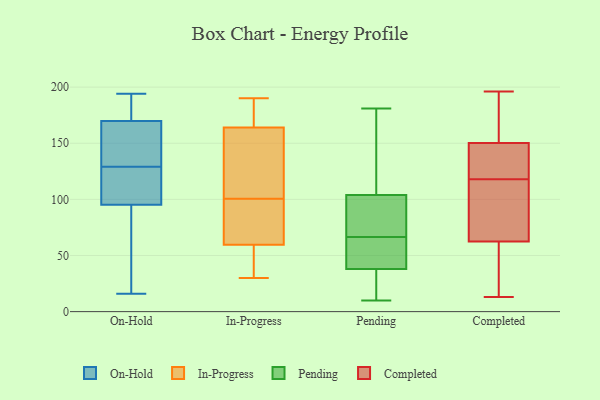
{"axis": {"x": "Conversion Rate (%)", "y": "Value"}, "legend": ["Completed", "In-Progress", "On-Hold", "Pending"], "data": [{"x": "", "y": 184, "type": "On-Hold"}, {"x": "", "y": 184, "type": "On-Hold"}, {"x": "", "y": 67, "type": "On-Hold"}, {"x": "", "y": 170, "type": "On-Hold"}, {"x": "", "y": 105, "type": "On-Hold"}, {"x": "", "y": 159, "type": "On-Hold"}, {"x": "", "y": 126, "type": "On-Hold"}, {"x": "", "y": 194, "type": "On-Hold"}, {"x": "", "y": 92, "type": "On-Hold"}, {"x": "", "y": 169, "type": "On-Hold"}, {"x": "", "y": 145, "type": "On-Hold"}, {"x": "", "y": 116, "type": "On-Hold"}, {"x": "", "y": 30, "type": "On-Hold"}, {"x": "", "y": 138, "type": "On-Hold"}, {"x": "", "y": 105, "type": "On-Hold"}, {"x": "", "y": 16, "type": "On-Hold"}, {"x": "", "y": 176, "type": "On-Hold"}, {"x": "", "y": 69, "type": "On-Hold"}, {"x": "", "y": 129, "type": "On-Hold"}, {"x": "", "y": 190, "type": "In-Progress"}, {"x": "", "y": 159, "type": "In-Progress"}, {"x": "", "y": 169, "type": "In-Progress"}, {"x": "", "y": 30, "type": "In-Progress"}, {"x": "", "y": 174, "type": "In-Progress"}, {"x": "", "y": 96, "type": "In-Progress"}, {"x": "", "y": 104, "type": "In-Progress"}, {"x": "", "y": 97, "type": "In-Progress"}, {"x": "", "y": 55, "type": "In-Progress"}, {"x": "", "y": 133, "type": "In-Progress"}, {"x": "", "y": 64, "type": "In-Progress"}, {"x": "", "y": 37, "type": "In-Progress"}, {"x": "", "y": 137, "type": "Pending"}, {"x": "", "y": 156, "type": "Pending"}, {"x": "", "y": 98, "type": "Pending"}, {"x": "", "y": 72, "type": "Pending"}, {"x": "", "y": 34, "type": "Pending"}, {"x": "", "y": 16, "type": "Pending"}, {"x": "", "y": 58, "type": "Pending"}, {"x": "", "y": 88, "type": "Pending"}, {"x": "", "y": 104, "type": "Pending"}, {"x": "", "y": 51, "type": "Pending"}, {"x": "", "y": 173, "type": "Pending"}, {"x": "", "y": 181, "type": "Pending"}, {"x": "", "y": 74, "type": "Pending"}, {"x": "", "y": 38, "type": "Pending"}, {"x": "", "y": 19, "type": "Pending"}, {"x": "", "y": 41, "type": "Pending"}, {"x": "", "y": 10, "type": "Pending"}, {"x": "", "y": 61, "type": "Pending"}, {"x": "", "y": 61, "type": "Completed"}, {"x": "", "y": 135, "type": "Completed"}, {"x": "", "y": 92, "type": "Completed"}, {"x": "", "y": 118, "type": "Completed"}, {"x": "", "y": 86, "type": "Completed"}, {"x": "", "y": 186, "type": "Completed"}, {"x": "", "y": 47, "type": "Completed"}, {"x": "", "y": 63, "type": "Completed"}, {"x": "", "y": 133, "type": "Completed"}, {"x": "", "y": 13, "type": "Completed"}, {"x": "", "y": 150, "type": "Completed"}, {"x": "", "y": 151, "type": "Completed"}, {"x": "", "y": 196, "type": "Completed"}]}